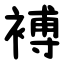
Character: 䙏